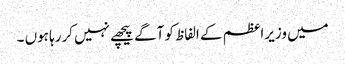
میں وزیراعظم کے الفاظ کو آگے پیچھے نہیں کررہا ہوں ۔